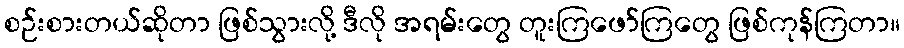
စဉ်းစားတယ်ဆိုတာ ဖြစ်သွားလို့ ဒီလို အရမ်းတွေ တူးကြဖော်ကြတွေ ဖြစ်ကုန်ကြတာ။